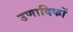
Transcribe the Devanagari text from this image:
उणादिकों